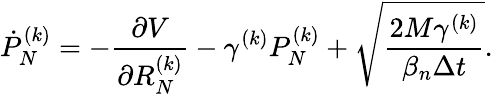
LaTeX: \dot{P}_{N}^{(k)}=-\frac{\partial V}{\partial R_{N}^{(k)}}-\gamma^{(k)}P_{N}^{(k)}+\sqrt{\frac{2M\gamma^{(k)}}{\beta_{n}\Delta t}}.